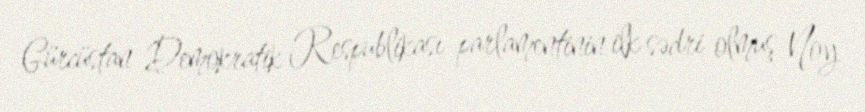
Gürcüstan Demokratik Respublikası parlamentinin ilk sədri olmuş Noy